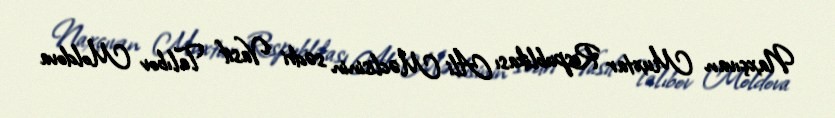
Naxçıvan Muxtar Respublikası Ali Məclisinin sədri Vasif Talıbov Moldova